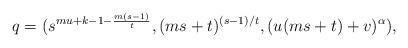
LaTeX: \begin{align*}q=(s^{mu + k -1 - \frac{m(s-1)}{t}},(ms+t)^{(s-1)/t},(u(ms+t)+v)^{\alpha}), \,\end{align*}